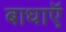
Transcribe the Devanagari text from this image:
बाधाऍ